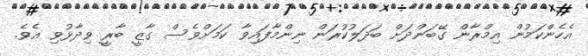
އެހެންކަމުން އިމްރާން ގޭބަންދަށް ބަދަލުކުރަން ނިންމާފައިވާ ކަމަށްވެސް ގާޒީ ބާރީ ވިދާޅުވި އެވެ.